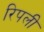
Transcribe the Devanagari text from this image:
रिपली